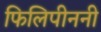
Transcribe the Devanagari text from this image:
फिलिपीननी